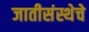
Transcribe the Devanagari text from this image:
जातीसंस्थेचे